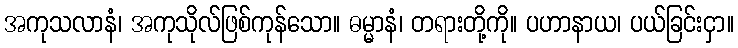
အကုသလာနံ၊ အကုသိုလ်ဖြစ်ကုန်သော။ ဓမ္မာနံ၊ တရားတို့ကို။ ပဟာနာယ၊ ပယ်ခြင်းငှာ။